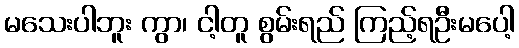
မသေးပါဘူး ကွာ၊ ငါ့တူ စွမ်းရည် ကြည့်ရဦးမပေါ့